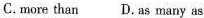
C.more than D.as many as